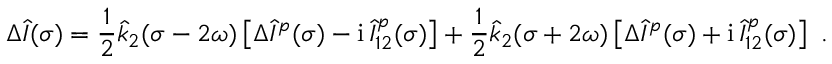
\Delta \hat { I } ( \sigma ) = \frac 1 2 \hat { k } _ { 2 } ( \sigma - 2 \omega ) \left[ \Delta \hat { I } ^ { p } ( \sigma ) - \mathrm { i } \, \hat { I } _ { 1 2 } ^ { p } ( \sigma ) \right] + \frac 1 2 \hat { k } _ { 2 } ( \sigma + 2 \omega ) \left[ \Delta \hat { I } ^ { p } ( \sigma ) + \mathrm { i } \, \hat { I } _ { 1 2 } ^ { p } ( \sigma ) \right] \ .